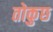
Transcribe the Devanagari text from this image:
तोकुछ